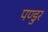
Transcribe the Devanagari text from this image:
पण्डुर